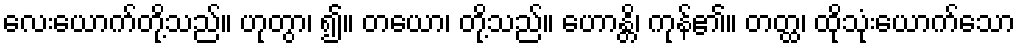
လေးယောက်တို့သည်။ ဟုတွာ၊ ၍။ တယော၊ တို့သည်။ ဟောန္တိ၊ ကုန်၏။ တတ္ထ၊ ထိုသုံးယောက်သော